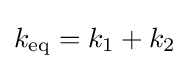
k_{\mathrm {eq} }=k_{1}+k_{2}